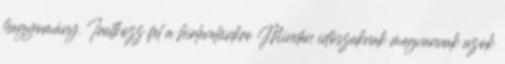
hagyomány. Iratkozz fel a hirlevelünkre Minden időszaknak megvannak azok